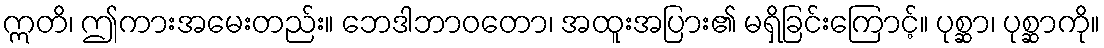
ဣတိ၊ ဤကားအမေးတည်း။ ဘေဒါဘာဝတော၊ အထူးအပြား၏ မရှိခြင်းကြောင့်။ ပုစ္ဆာ၊ ပုစ္ဆာကို။